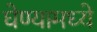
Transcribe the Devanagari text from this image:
घेण्यामध्ये